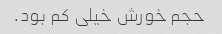
حجم خورش خیلی کم بود.